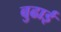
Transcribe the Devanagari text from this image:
बुढाई